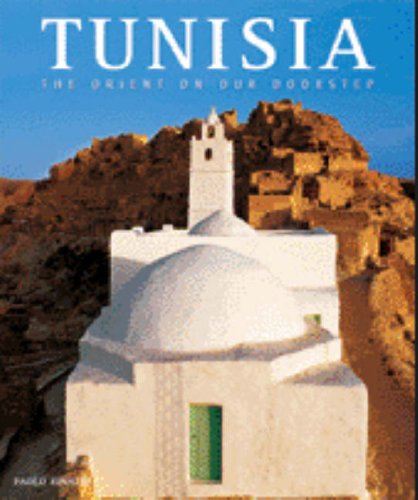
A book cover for Tunisia: The Orient on Our Doorstep (Countries of the World); Paolo Rialdi; Travel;